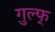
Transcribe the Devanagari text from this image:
गुल्फ्